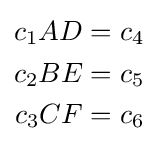
{\begin{aligned}c_{1}AD&=c_{4}\\c_{2}BE&=c_{5}\\c_{3}CF&=c_{6}\\\end{aligned}}